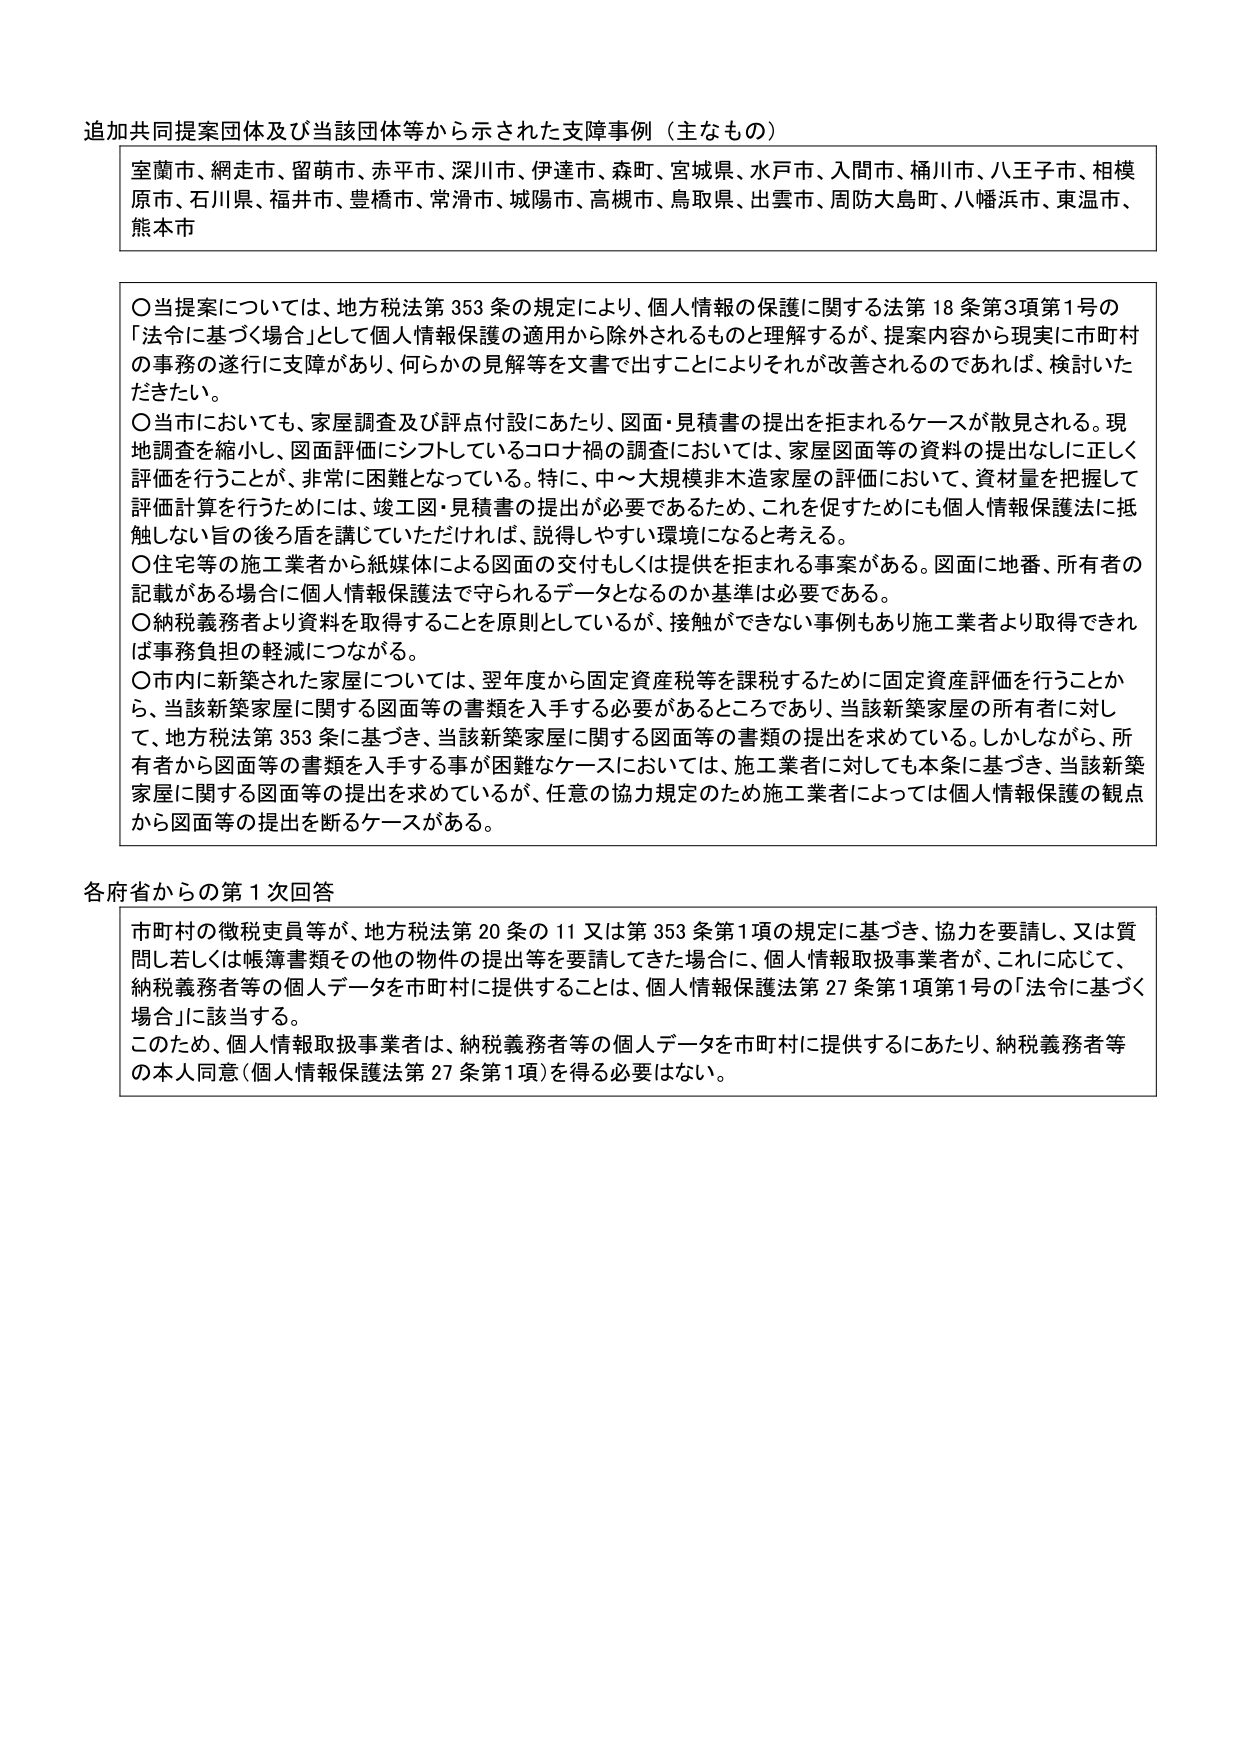
追加共同提案団体及び当該団体等から示された支障事例（主なもの）

室蘭市、網走市、留萌市、赤平市、深川市、伊達市、森町、宮城県、水戸市、入間市、桶川市、八王子市、相模原市、石川県、福井市、豊橋市、常滑市、城陽市、高槻市、鳥取県、出雲市、周防大島町、八幡浜市、東温市、熊本市

〇当提案については、地方税法第353条の規定により、個人情報の保護に関する法第18条第3項第1号の「法令に基づく場合」として個人情報保護の適用から除外されるものと理解するが、提案内容から現実に市町村の事務の遂行に支障があり、何らかの見解等を文書で出すことによりそれが改善されるのであれば、検討いただきたい。

〇当市においても、家屋調査及び評点付設にあたり、図面・見積書の提出を拒まれるケースが散見される。現地調査を縮小し、図面評価にシフトしているコロナ禍の調査においては、家屋図面等の資料の提出なしに正しく評価を行うことが、非常に困難となっている。特に、中～大規模非木造家屋の評価において、資材量を把握して評価計算を行うためには、竣工図・見積書の提出が必要であるため、これを促すためにも個人情報保護法に抵触しない旨の後ろ盾を講じていただければ、説得しやすい環境になると考える。

〇住宅等の施工業者から紙媒体による図面の交付もしくは提供を拒まれる事案がある。図面に地番、所有者の記載がある場合に個人情報保護法で守られるデータとなるのか基準は必要である。

〇納税義務者より資料を取得することを原則としているが、接触ができない事例もあり施工業者より取得できれば事務負担の軽減につながる。

〇市内に新築された家屋については、翌年度から固定資産税等を課税するために固定資産評価を行うことから、当該新築家屋に関する図面等の書類を入手する必要があるところであり、当該新築家屋の所有者に対して、地方税法第353条に基づき、当該新築家屋に関する図面等の書類の提出を求めている。しかしながら、所有者から図面等の書類を入手する事が困難なケースにおいては、施工業者に対しても本条に基づき、当該新築家屋に関する図面等の提出を求めているが、任意の協力規定のため施工業者によっては個人情報保護の観点から図面等の提出を断るケースがある。

各府省からの第1次回答

市町村の徴税吏員等が、地方税法第20条の11又は第353条第1項の規定に基づき、協力を要請し、又は質問し若しくは帳簿書類その他の物件の提出等を要請してきた場合に、個人情報取扱事業者が、これに応じて、納税義務者等の個人データを市町村に提供することは、個人情報保護法第27条第1項第1号の「法令に基づく場合」に該当する。

このため、個人情報取扱事業者は、納税義務者等の個人データを市町村に提供するにあたり、納税義務者等の本人同意（個人情報保護法第27条第1項）を得る必要はない。